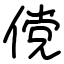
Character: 傥